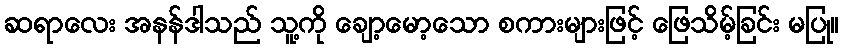
ဆရာလေး အနန်ဒါသည် သူ့ကို ချော့မော့သော စကားများဖြင့် ဖြေသိမ့်ခြင်း မပြု။